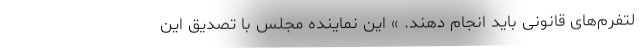
لتفرم‌های قانونی باید انجام دهند. » این نماینده مجلس با تصدیق این